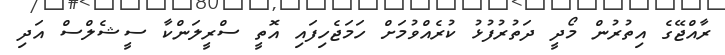
ރާއްޖޭގެ އިތުރުން މޯދީ ދަތުރުފުޅު ކުރެއްވުމަށް ހަމަޖެހިފައި އޮތީ ސްރީލަންކާ ސީޝެލްސް އަދި